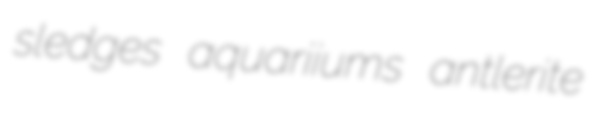
sledges aquariiums antlerite